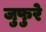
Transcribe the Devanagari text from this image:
जुफुरे